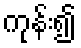
ကုန်း၍